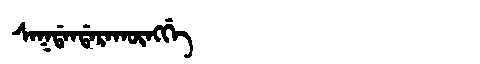
Manchu: ᠰᠠᡴᡩᠠᠨᡩᠠᡵᠠᡴᡡᠩᡤᡝ
Romanization: SAKDANDARAKŪNGGE